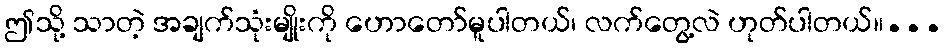
ဤသို့ သာတဲ့ အချက်သုံးမျိုးကို ဟောတော်မူပါတယ်၊ လက်တွေ့လဲ ဟုတ်ပါတယ်။...